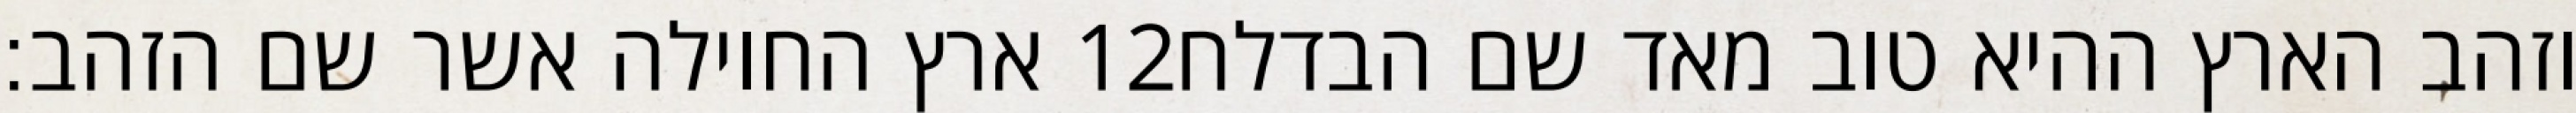
ארץ החוילה אשר שם הזהב׃ ‎12‏ וזהב הארץ ההיא טוב מאד שם הבדלח